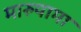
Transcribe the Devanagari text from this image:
मारुयामा